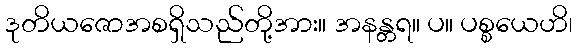
ဒုတိယဇောအစရှိသည်တို့အား။ အနန္တရ။ ပ။ ပစ္စယေဟိ၊